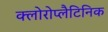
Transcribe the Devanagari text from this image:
क्लोरोप्लैटिनिक